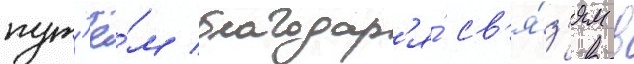
пут'ё́м благодар'я́ св'я́з'ям в